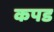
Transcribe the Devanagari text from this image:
कपड